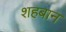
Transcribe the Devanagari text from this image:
शहबान